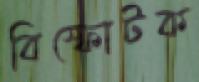
বিস্ফোটক